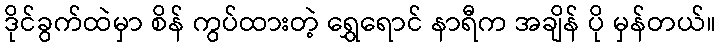
ဒိုင်ခွက်ထဲမှာ စိန် ကွပ်ထားတဲ့ ရွှေရောင် နာရီက အချိန် ပို မှန်တယ်။